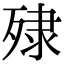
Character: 殔